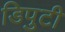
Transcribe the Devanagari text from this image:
डिपुटी